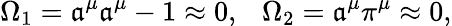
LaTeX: \Omega_{1}=\mathfrak{a}^{\mu}\mathfrak{a}^{\mu}-1\approx0,~~~\Omega_{2}=\mathfrak{a}^{\mu}\pi^{\mu}\approx0,